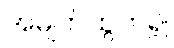
အမျက်ထွက်၍